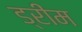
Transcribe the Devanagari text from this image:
ड्रींम